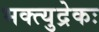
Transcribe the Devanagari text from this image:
भक्त्युद्रेकः